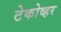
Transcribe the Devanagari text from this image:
टेकोव्हर